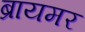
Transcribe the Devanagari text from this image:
ब्रायमर